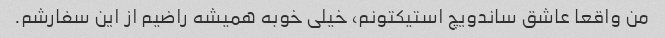
من واقعا عاشق ساندویچ استیکتونم، خیلی خوبه همیشه راضیم از این سفارشم.